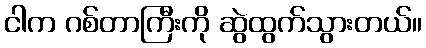
ငါက ဂစ်တာကြီးကို ဆွဲထွက်သွားတယ်။